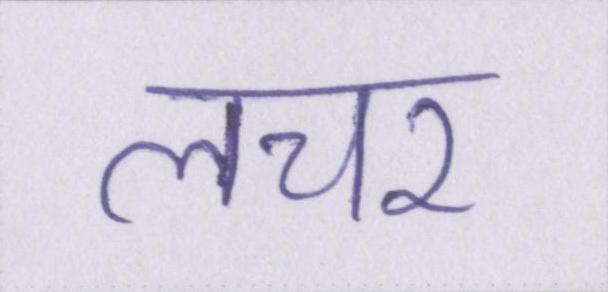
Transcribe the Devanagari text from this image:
लचर